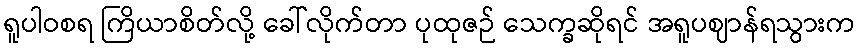
ရူပါဝစရ ကြိယာစိတ်လို့ ခေါ်လိုက်တာ ပုထုဇဉ် သေက္ခဆိုရင် အရူပဈာန်ရသွားက